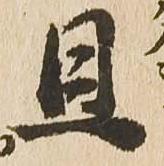
旦